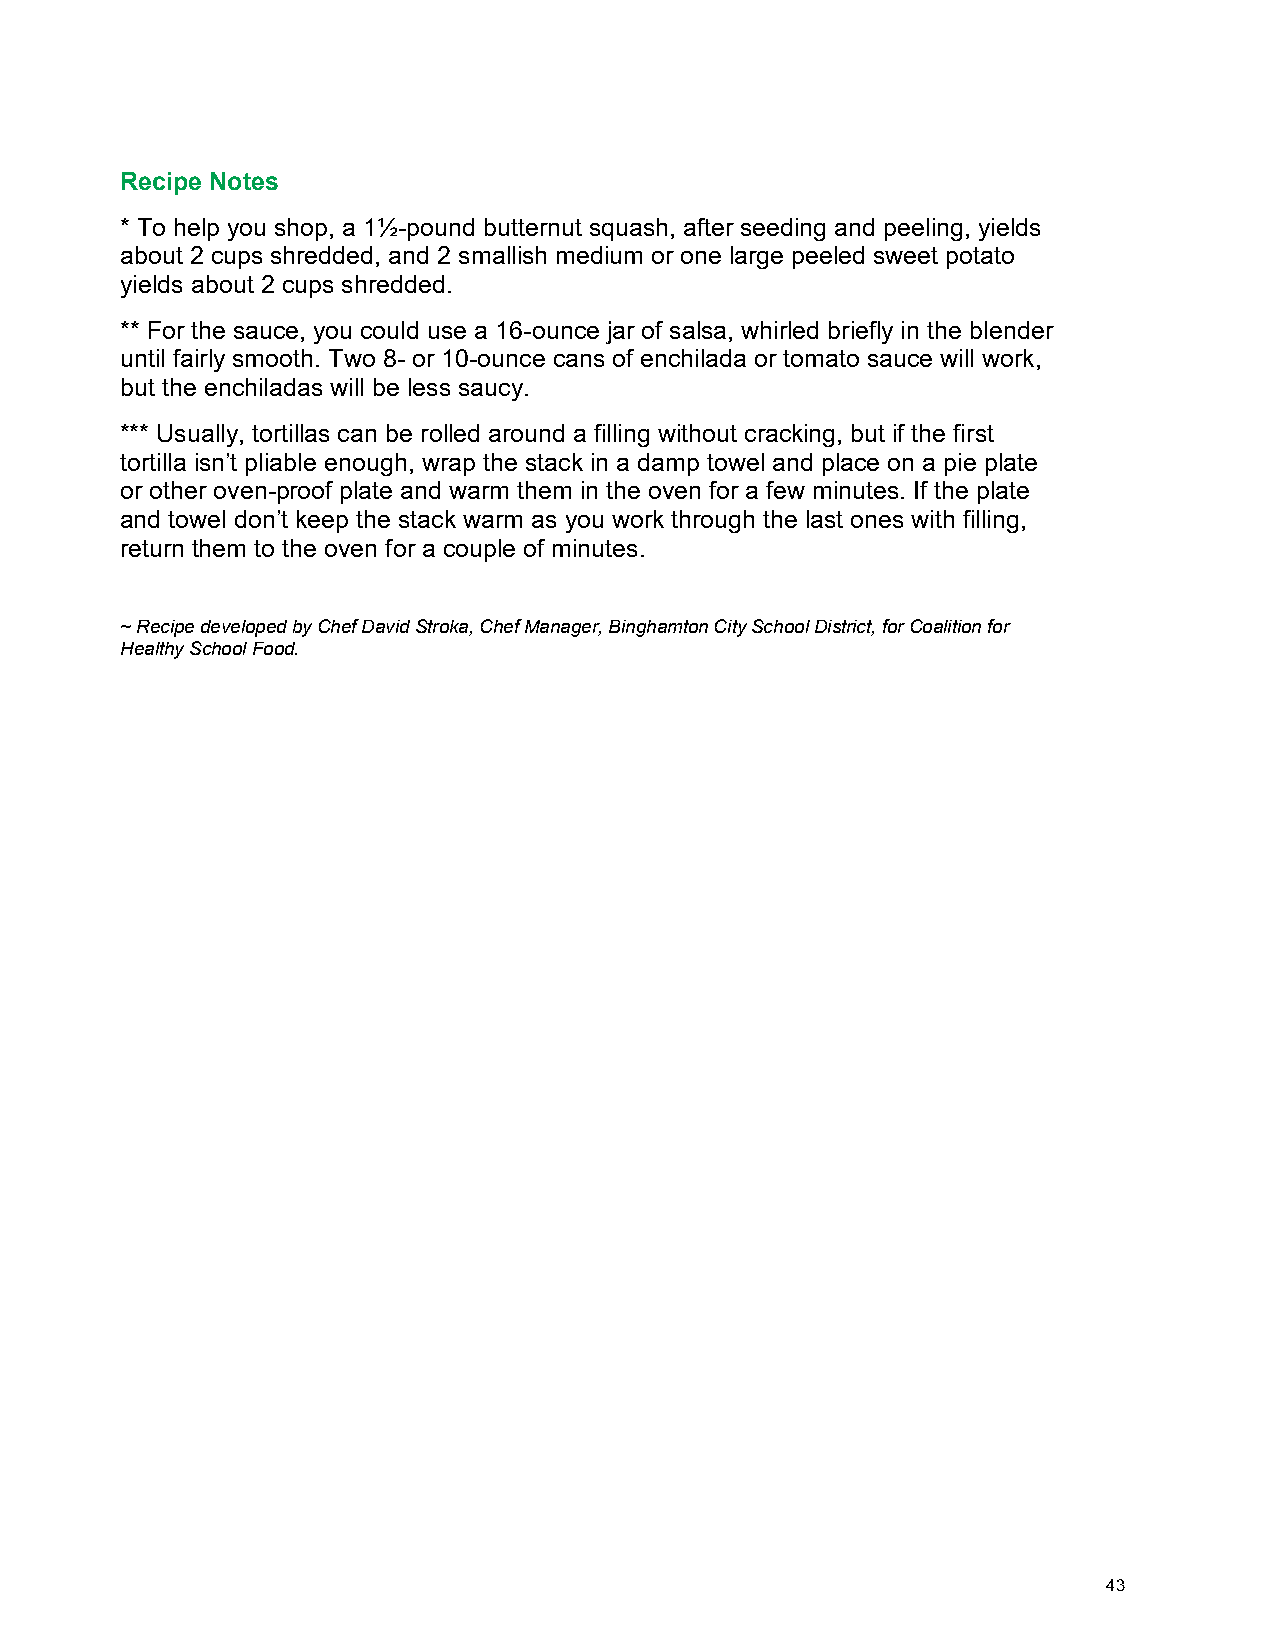
Recipe Notes
 * To help you shop, a 1½-pound butternut squash, after seeding and peeling, yields
 about 2 cups shredded, and 2 smallish medium or one large peeled sweet potato
 yields about 2 cups shredded.
 ** For the sauce, you could use a 16-ounce jar of salsa, whirled briefly in the blender
 until fairly smooth. Two 8- or 10-ounce cans of enchilada or tomato sauce will work,
 but the enchiladas will be less saucy.
 *** Usually, tortillas can be rolled around a filling without cracking, but if the first
 tortilla isn’t pliable enough, wrap the stack in a damp towel and place on a pie plate
 or other oven-proof plate and warm them in the oven for a few minutes. If the plate
 and towel don’t keep the stack warm as you work through the last ones with filling,
 return them to the oven for a couple of minutes.
 ~ Recipe developed by Chef David Stroka, Chef Manager, Binghamton City School District, for Coalition for
 Healthy School Food.
 43